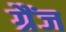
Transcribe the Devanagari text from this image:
ग्रैंज